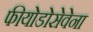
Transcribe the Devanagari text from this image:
फीयोडोसेवेना